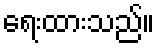
ရေးထားသည်။